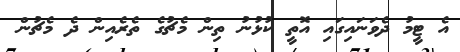
އެ ޓީމު ދެވަނައިގައި އޮތީ ކުޅުނު ތިން މެޗުގެ ތެރެއިން ދެ މެޗުން